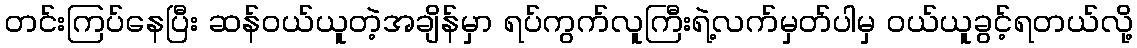
တင်းကြပ်နေပြီး ဆန်ဝယ်ယူတဲ့အချိန်မှာ ရပ်ကွက်လူကြီးရဲ့လက်မှတ်ပါမှ ဝယ်ယူခွင့်ရတယ်လို့